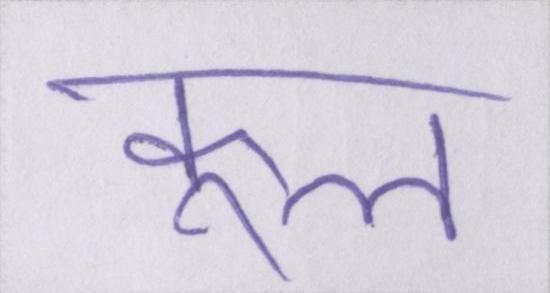
कूल